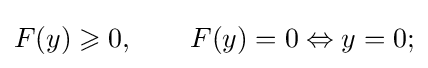
F(y)\geqslant 0,\qquad F(y)=0\Leftrightarrow y=0;